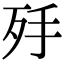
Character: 𣧙